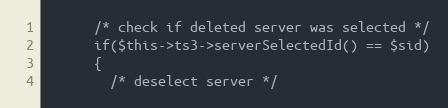
Language: PHP
      /* check if deleted server was selected */
      if($this->ts3->serverSelectedId() == $sid)
      {
        /* deselect server */